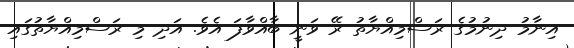
އިނާމު ދިނުމުގެ ރަސްމިއްޔާތު ރޭ ވަނީ ބާއްވާފަ އެވެ. އަދި މި ރަސްމިއްޔާތުގައި